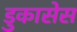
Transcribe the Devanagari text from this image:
डुकासेस